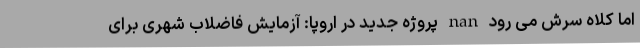
اما کلاه سرش می رود nan پروژه جدید در اروپا: آزمایش فاضلاب شهری برای